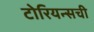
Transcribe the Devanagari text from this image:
टोरियन्सची